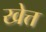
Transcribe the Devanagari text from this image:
खेत्त